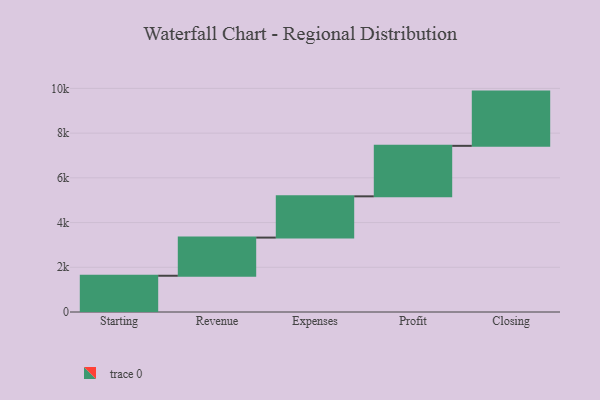
{"axis": {"x": "Step", "y": "Value"}, "legend": [""], "data": [{"x": "Starting", "y": 1621.0, "type": ""}, {"x": "Revenue", "y": 1707.0, "type": ""}, {"x": "Expenses", "y": 1845.0, "type": ""}, {"x": "Profit", "y": 2258.0, "type": ""}, {"x": "Closing", "y": 2426.0, "type": ""}]}